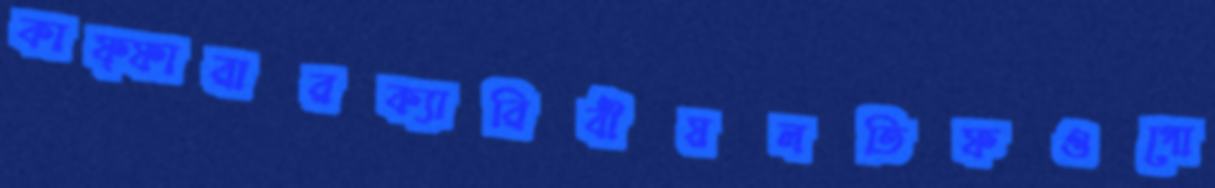
কাফ্ফারারক্যারিবীয়লতিফওগো